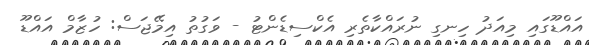
އައްޑޫގައި މިއަދު ހިނގި ނުރައްކާތެރި އެކްސިޑެންޓު - ވަގުތު އިމޭޖަސް: ހުޒާމް އައްޑޫ